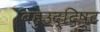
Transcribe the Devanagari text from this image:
बहुउद्दिष्ट